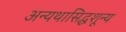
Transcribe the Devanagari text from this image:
अन्यथासिद्धशून्य